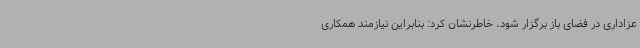
عزاداری در فضای باز برگزار شود، خاطرنشان کرد: بنابراین نیازمند همکاری